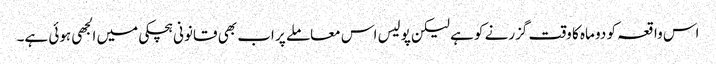
اس واقعہ کو دو ماہ کا وقت گزرنے کو ہے لیکن پولیس اس معاملے پر اب بھی قانونی ہچکی میں الجھی ہوئی ہے۔